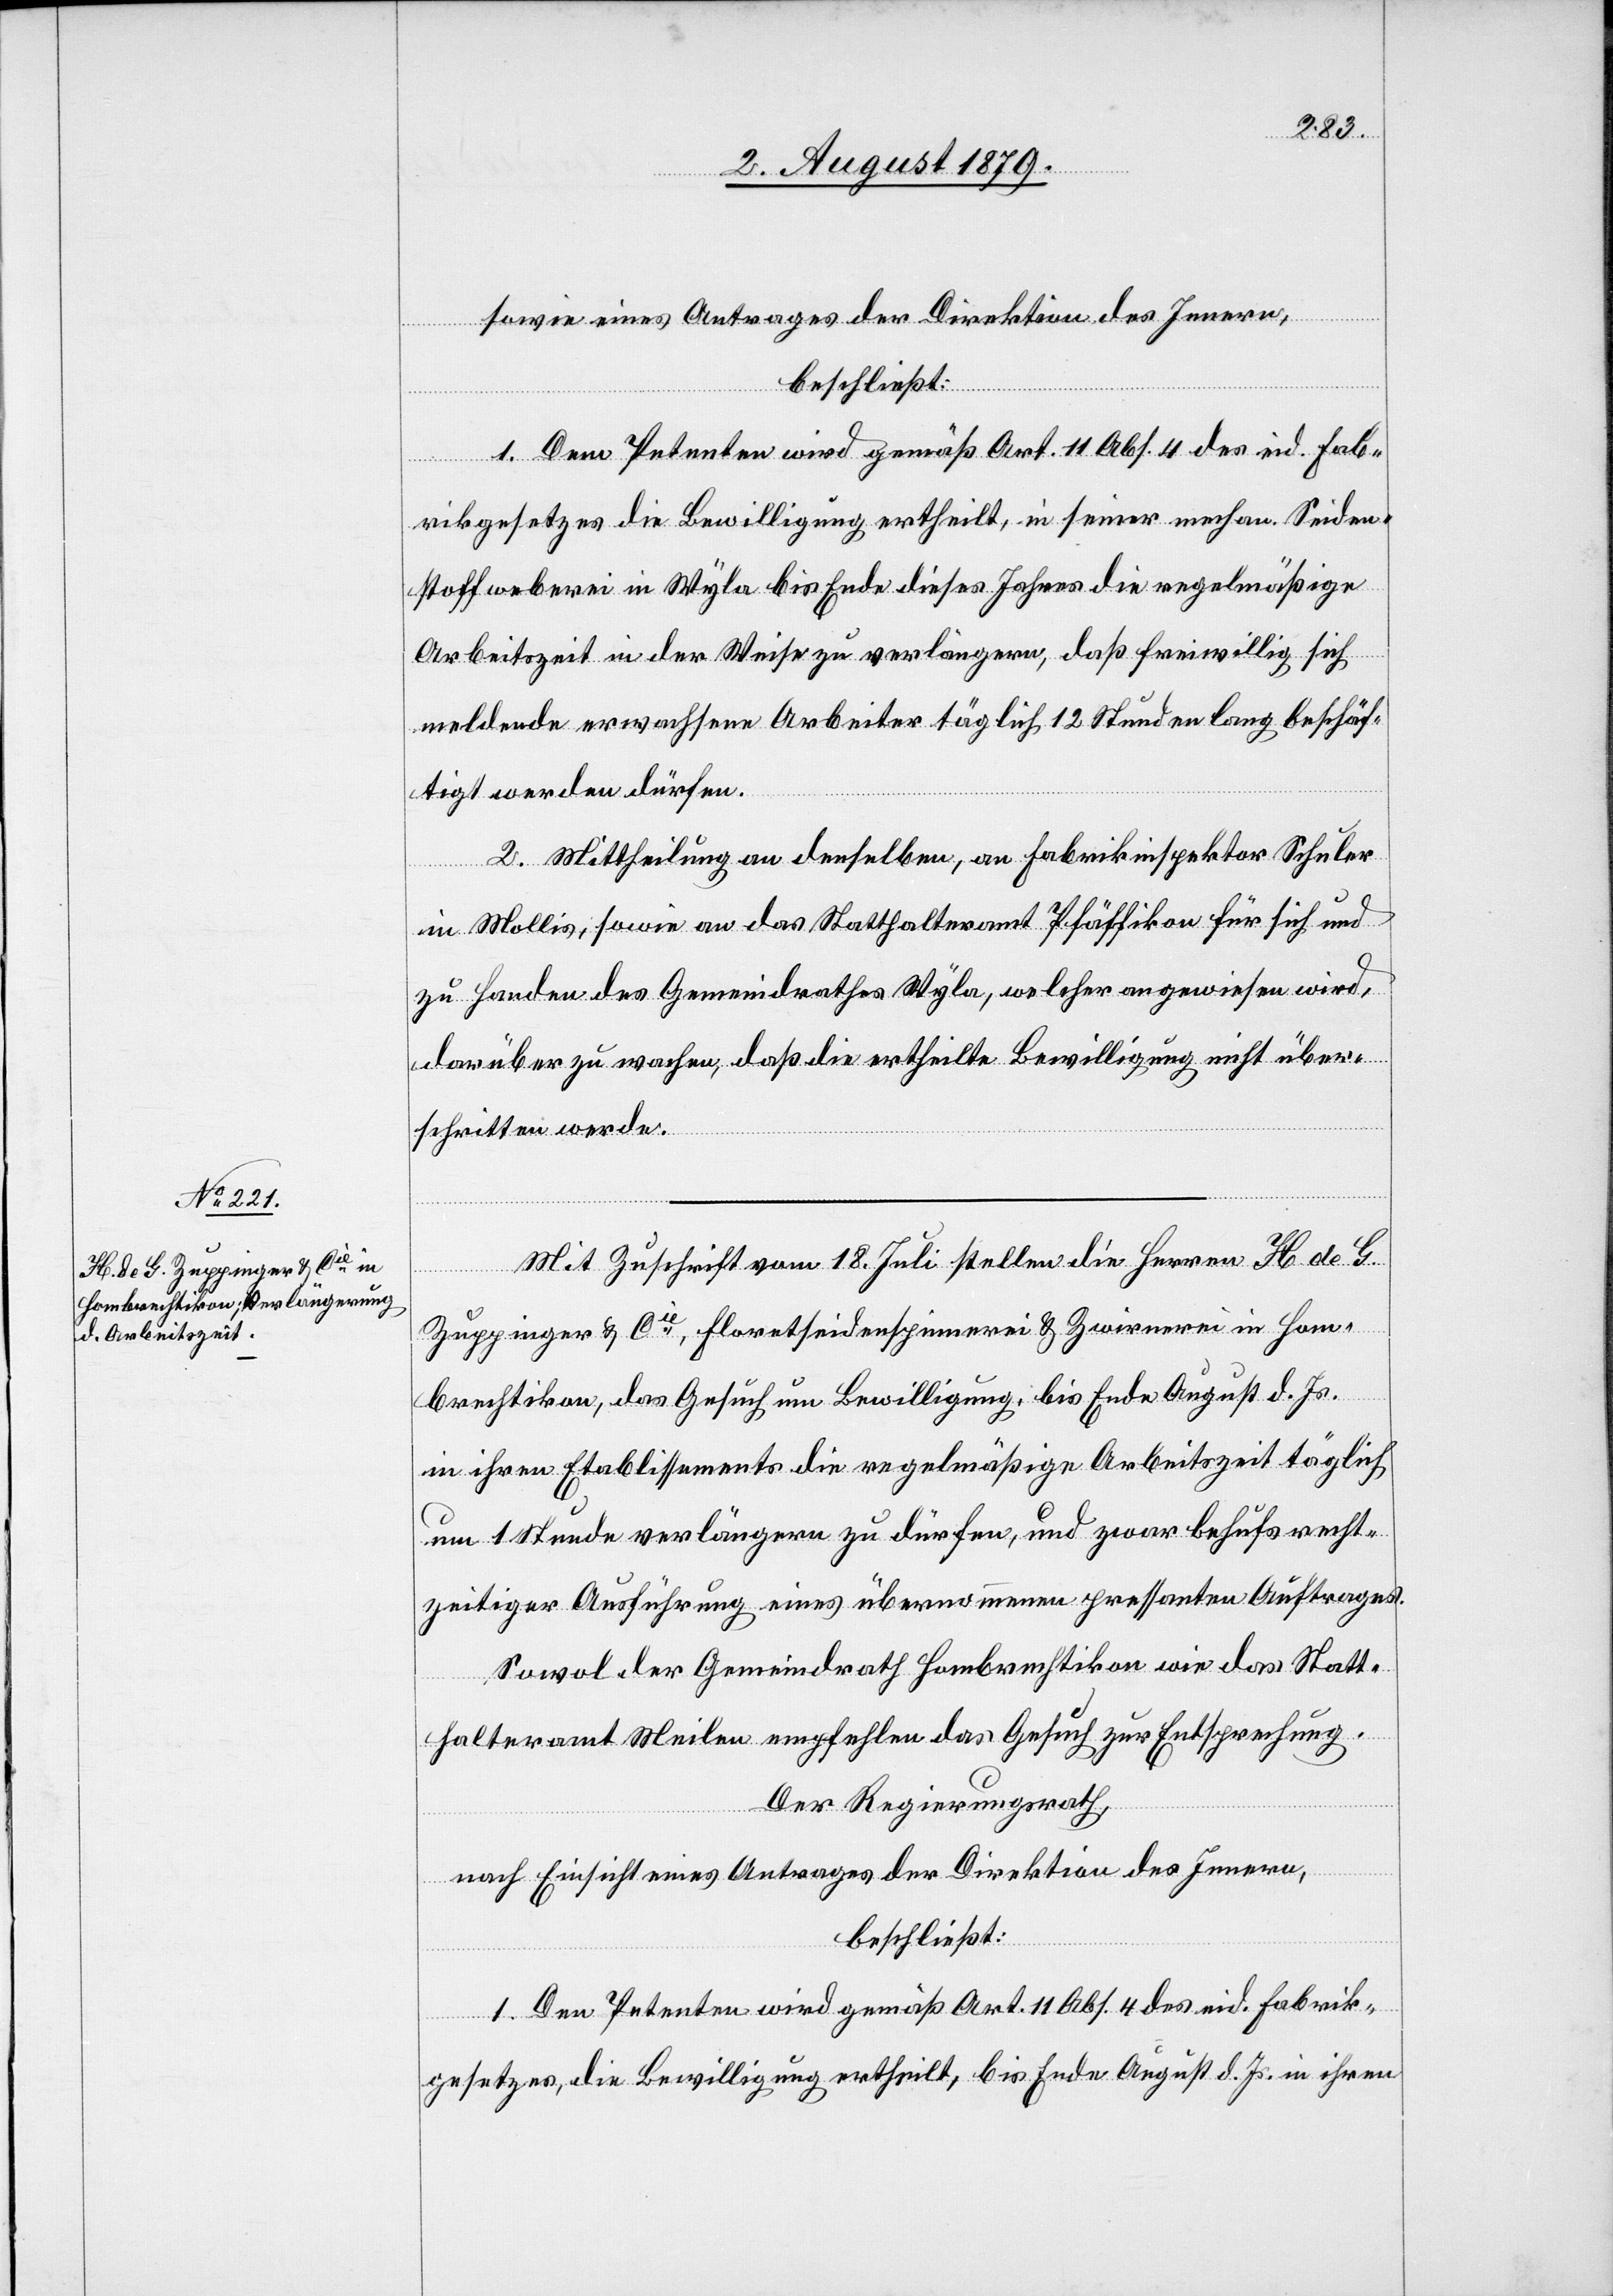
sowie eines Antrages der Direktion des Innern,
beschließt:
1. Dem Petenten wird gemäß Art. 11 Abs. 4 des eid. Fab¬
rikgesetzes die Bewilligung ertheilt, in seiner mechan. Seiden¬
stoffweberei in Wyla bis Ende dieses Jahres die regelmäßige
Arbeitszeit in der Weise zu verlängern, daß freiwillig sich
meldende erwachsene Arbeiter täglich 12 Stunden lang beschäf¬
tigt werden dürfen.
2. Mittheilung an denselben, an Fabrikinspektor Schuler
in Mollis, sowie an das Statthalteramt Pfäffikon für sich und
zu Handen des Gemeindrathes Wyla, welcher angewiesen wird,
darüber zu wachen, daß die ertheilte Bewilligung nicht über¬
schritten werde.
Mit Zuschrift vom 18. Juli stellen die Herren H de G
Zuppinger & Cie, Floretseidenspinnerei & Zwirnerei in Hom¬
brechtikon, das Gesuch um Bewilligung, bis Ende August d. Js.
in ihren Etablissements die regelmäßige Arbeitszeit täglich
um 1 Stunde verlängern zu dürfen, und zwar behufs recht¬
zeitiger Ausführung eines übernommenen pressanten Auftrages.
Sowol der Gemeindrath Hombrechtikon wie das Statt¬
halteramt Meilen empfehlen das Gesuch zur Entsprechung.
Der Regierungsrath,
nach Einsicht eines Antrages der Direktion des Innern,
beschließt:
1. Den Petenten wird gemäß Art. 11 Abs. 4 des eid. Fabrik¬
gesetzes, die Bewilligung ertheilt, bis Ende August d. Js. in ihren